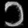
Digit: ၁